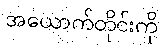
အယောက်တိုင်းကို